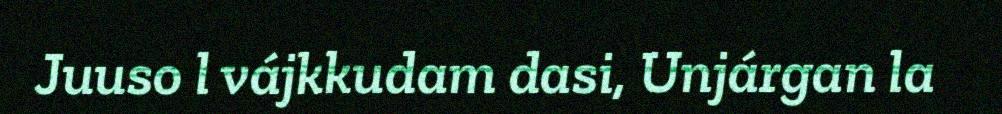
Juuso l vájkkudam dasi, Unjárgan la